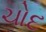
ચોદ